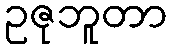
ဥဇုဘူတာ